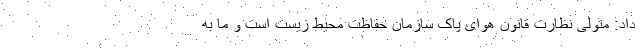
داد: متولی نظارت قانون هوای پاک سازمان حفاظت محیط زیست است و ما به